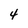
Character: 4